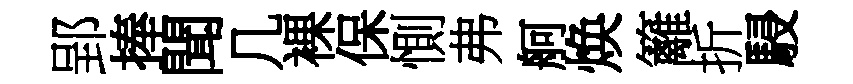
郢捧聞几裸保惻弗舸焕籬折駸